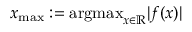
x _ { \mathrm { m a x } } : = \mathrm { a r g m a x } _ { x \in \mathbb { R } } | f ( x ) |